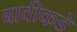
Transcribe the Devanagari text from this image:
बावीकडे